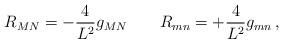
LaTeX: \begin{align*}{ R_{MN} = - \frac{4}{L^2} g_{MN} \qquad R_{mn} = + \frac{4}{L^2} g_{mn} \, ,}\end{align*}